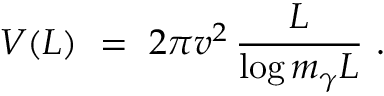
V ( L ) \ = \ 2 \pi v ^ { 2 } \, \frac L { \log { m _ { \gamma } L } } \ .